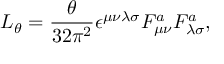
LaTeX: { \cal L } _ { \theta } = \frac { \theta } { 3 2 { \pi } ^ { 2 } } \epsilon ^ { \mu \nu \lambda \sigma } F _ { \mu \nu } ^ { a } F _ { \lambda \sigma } ^ { a } ,